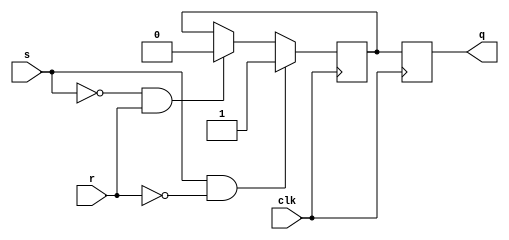
module sr_flip_flop (
    input wire s, r, clk,
    output reg q
);

reg master_latch, slave_latch; 

always @ (posedge clk) begin
    // Master latch stores input values on rising edge of clock
    if (s & !r) begin
        master_latch <= 1'b1;
    end else if (!s & r) begin
        master_latch <= 1'b0;
    end
end

always @ (negedge clk) begin
    // Slave latch holds stored value and outputs on falling edge of clock
    slave_latch <= master_latch;
end

assign q = slave_latch;

endmodule